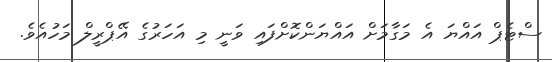
ސްޓެޕް އައްޔަ އެ މަގާމަށް އައްޔަންކޮށްފައި ވަނީ މި އަހަރުގެ އޭޕްރީލް މަހުއެވެ.